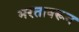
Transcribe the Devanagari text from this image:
भरतावरून